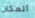
المكان